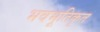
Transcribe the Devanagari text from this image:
भवभूतिकृत